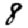
Digit: 8